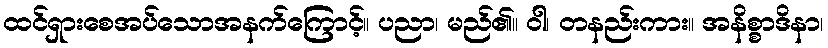
ထင်ရှားစေအပ်သောအနက်ကြောင့်။ ပညာ၊ မည်၏။ ဝါ၊ တနည်းကား။ အနိစ္စာဒိနာ၊